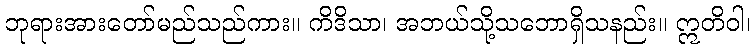
ဘုရားအားတော်မည်သည်ကား။ ကိဒိသာ၊ အဘယ်သို့သဘောရှိသနည်း။ ဣတိဝါ၊